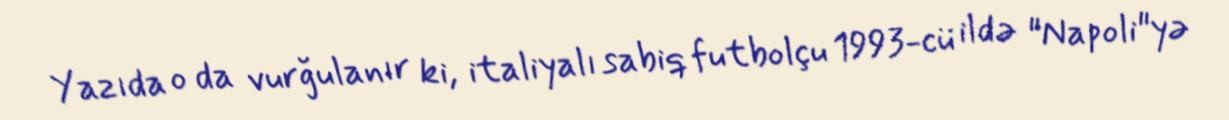
Yazıda o da vurğulanır ki, italiyalı sabiq futbolçu 1993-cü ildə "Napoli"yə